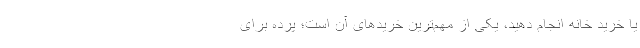
یا خرید خانه انجام دهید، یکی از مهم‌ترین خریدهای آن است؛ پرده برای